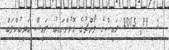
:  19